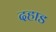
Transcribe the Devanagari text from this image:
दहाड